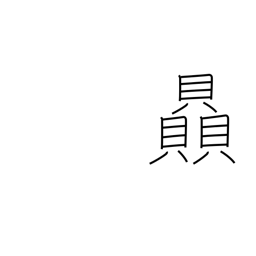
Meaning: strength